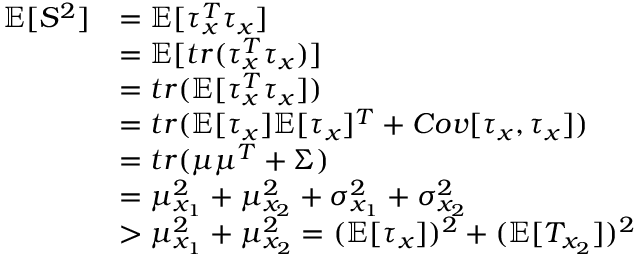
\begin{array} { r l } { \mathbb { E } [ S ^ { 2 } ] } & { = \mathbb { E } [ \tau _ { x } ^ { T } \tau _ { x } ] } \\ & { = \mathbb { E } [ t r ( \tau _ { x } ^ { T } \tau _ { x } ) ] } \\ & { = t r ( \mathbb { E } [ \tau _ { x } ^ { T } \tau _ { x } ] ) } \\ & { = t r ( \mathbb { E } [ \tau _ { x } ] \mathbb { E } [ \tau _ { x } ] ^ { T } + C o v [ \tau _ { x } , \tau _ { x } ] ) } \\ & { = t r ( \mu \mu ^ { T } + \Sigma ) } \\ & { = \mu _ { x _ { 1 } } ^ { 2 } + \mu _ { x _ { 2 } } ^ { 2 } + \sigma _ { x _ { 1 } } ^ { 2 } + \sigma _ { x _ { 2 } } ^ { 2 } } \\ & { > \mu _ { x _ { 1 } } ^ { 2 } + \mu _ { x _ { 2 } } ^ { 2 } = ( \mathbb { E } [ \tau _ { x } ] ) ^ { 2 } + ( \mathbb { E } [ T _ { x _ { 2 } } ] ) ^ { 2 } } \end{array}